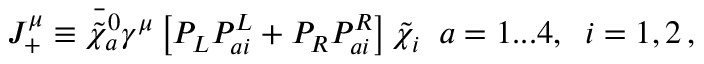
J _ { + } ^ { \mu } \equiv \bar { { \tilde { \chi } } _ { a } ^ { 0 } } \gamma ^ { \mu } \left[ { \cal P } _ { L } { \cal P } _ { a i } ^ { L } + { \cal P } _ { R } { \cal P } _ { a i } ^ { R } \right] \tilde { \chi } _ { i } \; \; a = 1 . . . 4 , \; \; i = 1 , 2 \, ,